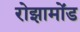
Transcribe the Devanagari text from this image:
रोझामोंड